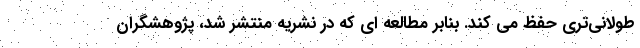
طولانی‌تری حفظ می کند. بنابر مطالعه ای که در نشریه منتشر شد، پژوهشگران